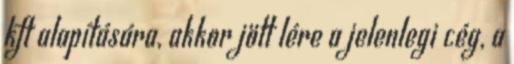
kft alapítására, akkor jött lére a jelenlegi cég, a